Vaccination in the Punjab 1867-1880 - 1867-1880
Year: 1867
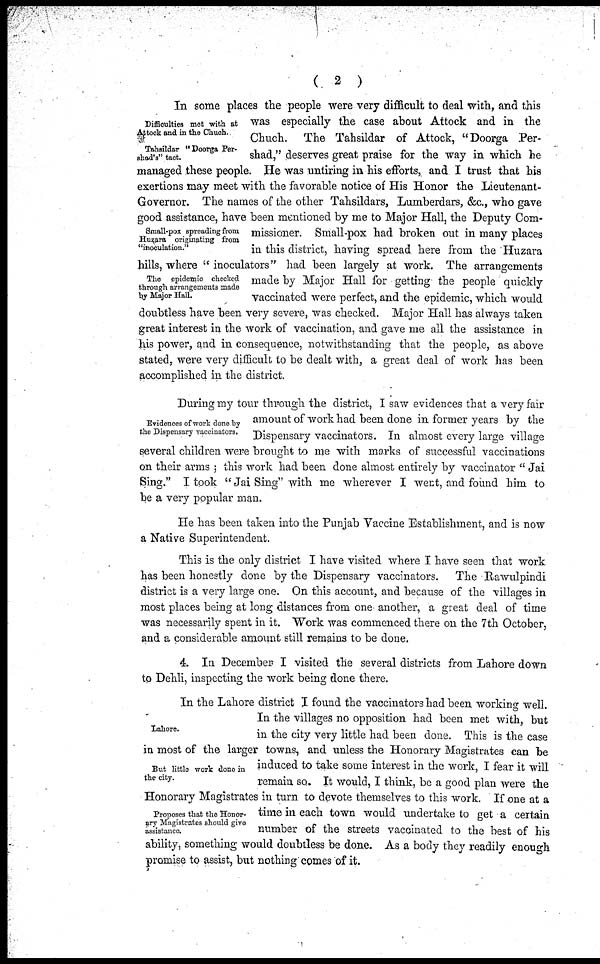
(
2
)
Difficulties met with at
Attock and in the Chuch.
Tahsildar "Doorga Per-
shad's" tact.
Small-pox spreading from
Huzara originating from
"inoculation."
The epidemic checked
through arrangements made
by Major Hall.
In some places the people were very difficult to deal with, and this
was especially the case about Attock and in the
Chuch. The Tahsildar of Attock, "Doorga Per-
shad," deserves great praise for the way in which he
managed these people. He was untiring in his efforts, and I trust that his
exertions may meet with the favorable notice of His Honor the Lieutenant-
Governor. The names of the other Tahsildars, Lumberdars, &c., who gave
good assistance, have been mentioned by me to Major Hall, the Deputy Com-
missioner. Small-pox had broken out in many places
in this district, having spread here from the Huzara
hills, where "inoculators" had been largely at work. The arrangements
made by Major Hall for getting the people quickly
vaccinated were perfect, and the epidemic, which would
doubtless have been very severe, was checked. Major Hall has always taken
great interest in the work of vaccination, and gave me all the assistance in
his power, and in consequence, notwithstanding that the people, as above
stated, were very difficult to be dealt with, a great deal of work has been
accomplished in the district.
Evidences of work done by
the Dispensary vaccinators.
During my tour through the district, I saw evidences that a very fair
amount of work had been done in former years by the
Dispensary vaccinators. In almost every large village
several children were brought to me with marks of successful vaccinations
on their arms; this work had been done almost entirely by vaccinator "Jai
Sing." I took "Jai Sing" with me wherever I went, and found him to
be a very popular man.
He has been taken into the Punjab Vaccine Establishment, and is now
a Native Superintendent.
This is the only district I have visited where I have seen that work
has been honestly done by the Dispensary vaccinators. The Rawulpindi
district is a very large one. On this account, and because of the villages in
most places being at long distances from one another, a great deal of time
was necessarily spent in it. Work was commenced there on the 7th October,
and a considerable amount still remains to be done.
4. In December I visited the several districts from Lahore down
to Dehli, inspecting the work being done there.
Lahore.
But little work done in
the city.
Proposes that the Honor-
ary Magistrates should give
assistance.
In the Lahore district I found the vaccinators had been working well.
In the villages no opposition had been met with, but
in the city very little had been done. This is the case
in most of the larger towns, and unless the Honorary Magistrates can be
induced to take some interest in the work, I fear it will
remain so. It would, I think, be a good plan were the
Honorary Magistrates in turn to devote themselves to this work. If one at a
time in each town would undertake to get a certain
number of the streets vaccinated to the best of his
ability, something would doubtless be done. As a body they readily enough
promise to assist, but nothing comes of it.